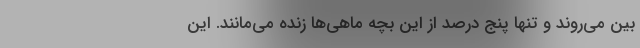
بین می‌روند و تنها پنج درصد از این بچه ماهی‌ها زنده می‌مانند. این